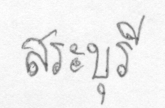
สระบุรี